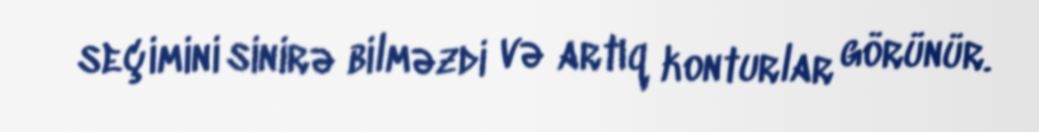
seçimini sinirə bilməzdi və artıq konturlar görünür.